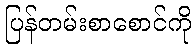
ပြန်တမ်းစာစောင်ကို